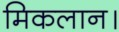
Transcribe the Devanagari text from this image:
मिकलान।